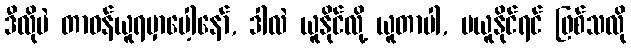
ဒီလိုပဲ တာဝန်ယူရမှာပေါ့နော်, ဒါလဲ ယူနိုင်လို့ ယူတာပါ, မယူနိုင်ရင် ဖြစ်သလို